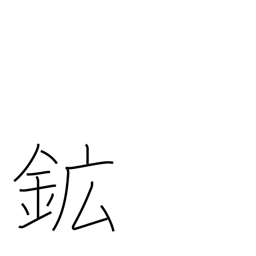
Meaning: ore